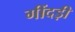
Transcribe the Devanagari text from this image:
गींदड़ी